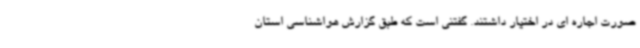
صورت اجاره ای در اختیار داشتند. گفتنی است که طبق گزارش هواشناسی استان